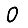
Digit: 0